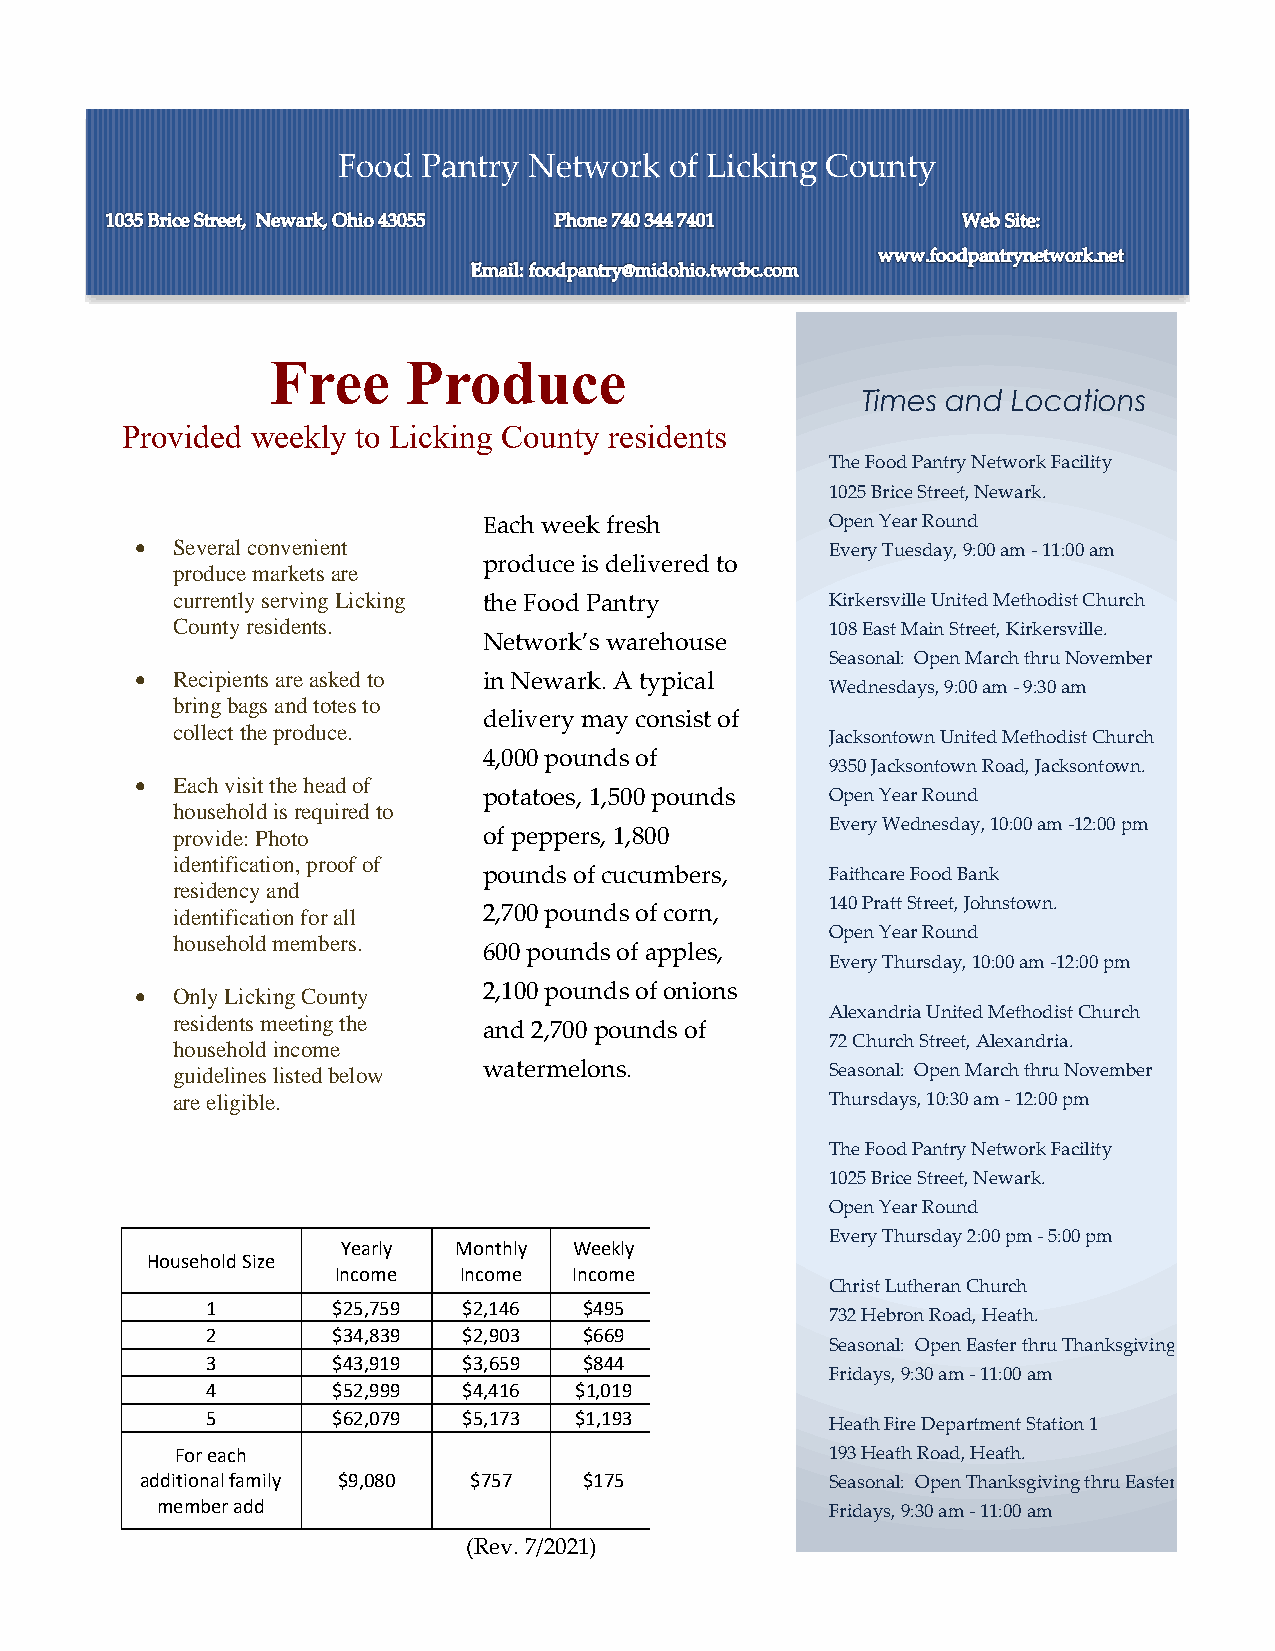
Food  Pantry Network  of Licking County
 Free     Produce
 Times and Locations
 Provided weekly to Licking County residents
 The Food Pantry Network Facility
 1025 Brice Street, Newark.
 Each week fresh        Open Year Round
 • Several convenient                          Every Tuesday, 9:00 am - 11:00 am
 produce is delivered to
 produce markets are
 currently serving Licking the Food Pantry   Kirkersville United Methodist Church
 County residents.                           108 East Main Street, Kirkersville.
 Network’s warehouse
 Seasonal: Open March thru November
 • Recipients are asked to in Newark. A typical
 Wednesdays, 9:00 am - 9:30 am
 bring bags and totes to
 delivery may consist of
 collect the produce.
 Jacksontown United Methodist Church
 4,000 pounds of
 9350 Jacksontown Road, Jacksontown.
 • Each visit the head of
 potatoes, 1,500 pounds Open Year Round
 household is required to
 Every Wednesday, 10:00 am -12:00 pm
 provide: Photo       of peppers, 1,800
 identification, proof of
 pounds of cucumbers,   Faithcare Food Bank
 residency and
 140 Pratt Street, Johnstown.
 identification for all 2,700 pounds of corn,
 Open Year Round
 household members.
 600 pounds of apples,
 Every Thursday, 10:00 am -12:00 pm
 • Only Licking County  2,100 pounds of onions
 Alexandria United Methodist Church
 residents meeting the
 and 2,700 pounds of
 household income                            72 Church Street, Alexandria.
 guidelines listed below watermelons.        Seasonal: Open March thru November
 are eligible.                               Thursdays, 10:30 am - 12:00 pm
 The Food Pantry Network Facility
 1025 Brice Street, Newark.
 Open Year Round
 Every Thursday 2:00 pm - 5:00 pm
 Yearly Monthly Weekly
 Household Size
 Income  Income  Income
 Christ Lutheran Church
 1       $25,759  $2,146  $495
 732 Hebron Road, Heath.
 2       $34,839  $2,903  $669
 Seasonal: Open Easter thru Thanksgiving
 3       $43,919  $3,659  $844
 Fridays, 9:30 am - 11:00 am
 4       $52,999  $4,416 $1,019
 5       $62,079  $5,173 $1,193
 Heath Fire Department Station 1
 For each                                   193 Heath Road, Heath.
 additional family $9,080 $757 $175            Seasonal: Open Thanksgiving thru Easter
 member add                                   Fridays, 9:30 am - 11:00 am
 (Rev. 7/2021)